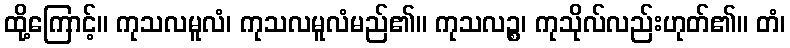
ထို့ကြောင့်။ ကုသလမူလံ၊ ကုသလမူလံမည်၏။ ကုသလဉ္စ၊ ကုသိုလ်လည်းဟုတ်၏။ တံ၊